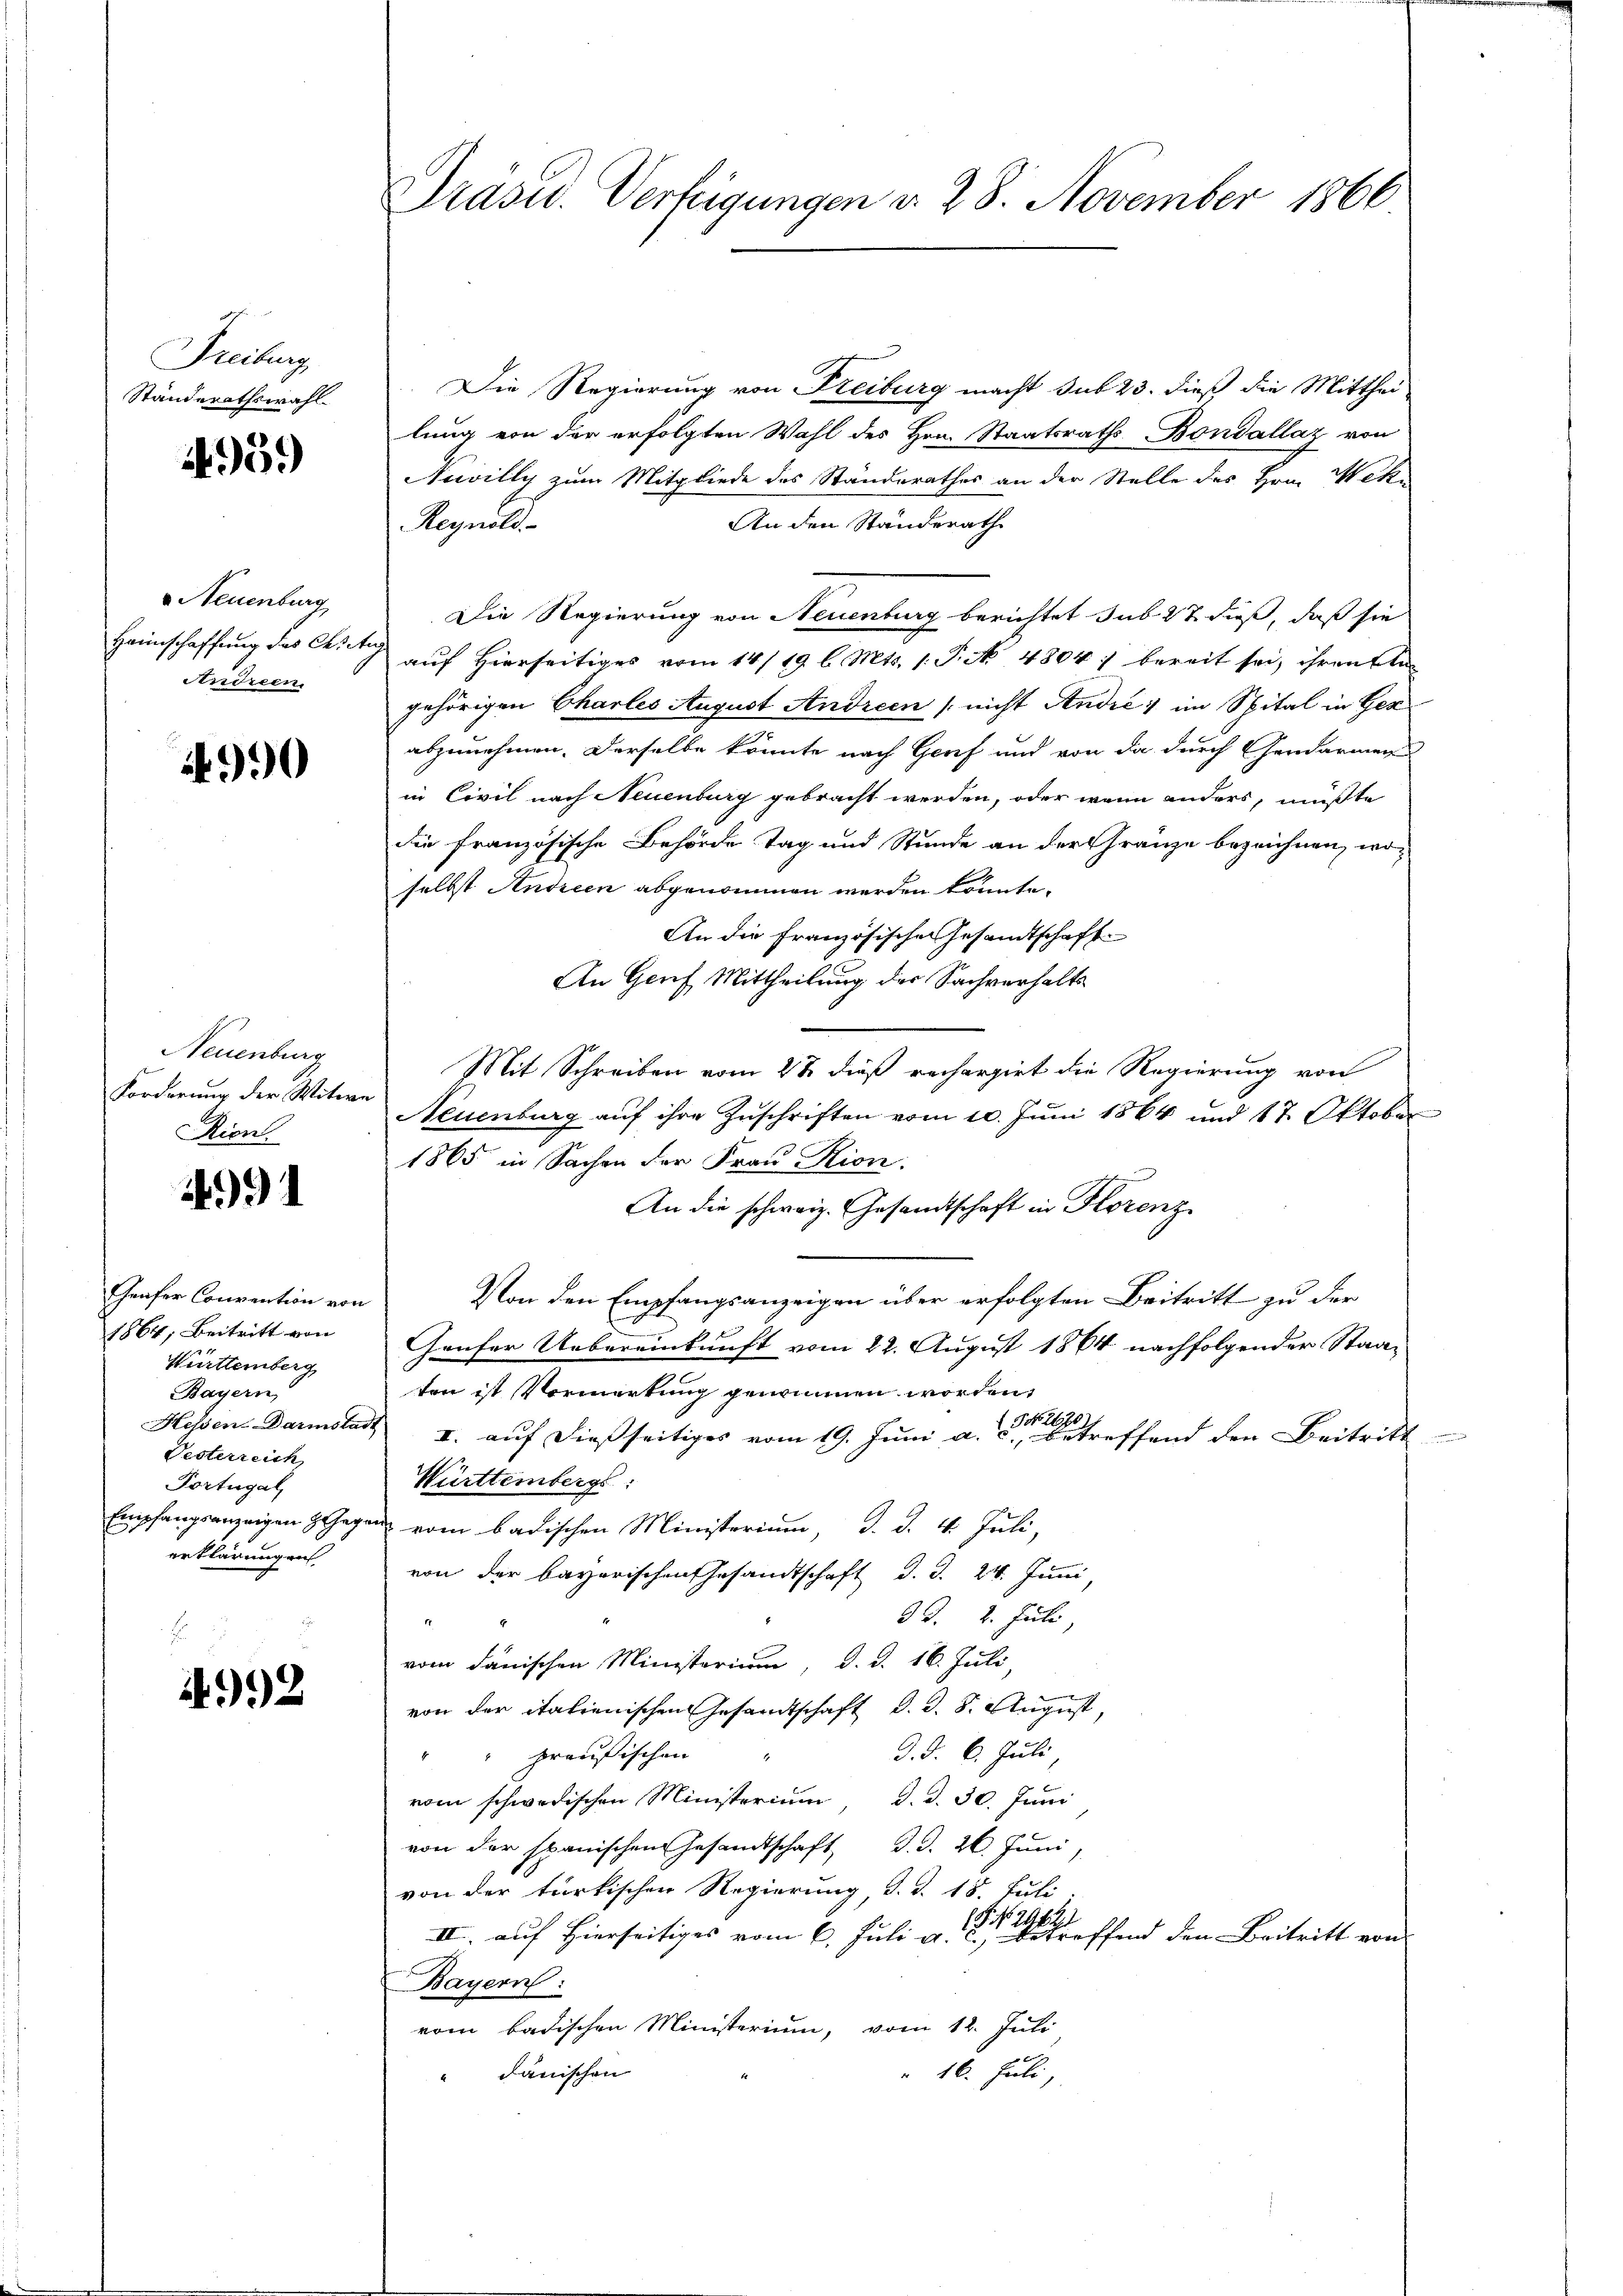
Freiburg
Ständerathswahl

4959

Neuenburg
Andreen,

990

Neuenburg
Forderung der Witwe
Rion.

91

Geufer Convention von
1864; Beitritt von
Württemberg
Bayern,
Vesterreich
Portugal
erklärungen

992

Präsid. Verfeigungen d. 28. November 1866

Die Regierung von Freiburg macht sub 23. dieß die Mitthei-
lung von der erfolgten Wahl des Hrn. Staatsraths-Bondallaz von
Nuvilly zum Mitgliede des Standerathes an der Stelle des Hrn. Weke
An den Ständerath
Regnold
Die Regierung von Neuenburg berichtet sub. 27 dieß, daß sie
Heimschaffung des Curti auf Hierseitiges vom 14/19 l. Mts. 1. P. No. 4804) bereit sei, ihren Ele-
gehörigen Chartes August Andreen / nicht Andre im Spital in Ger
abzunehmen. Derselbe könnte nach Genf und von da durch Gendarmen
in Civil nach Neuenburg gebracht werden, oder wenn anders, müßte
die französische Behörde Tag und Stunde an der Gränze bezeichnen, woselbst Andreen abgenommen werden könnte.
An die Französisches Gesandtschaft
An Genf Mittheilung der Sachverhalts
Mit Schreiben vom 23 dieß rechargirt die Regierung von
Neuenburg aŭf ihre Zŭschriften vom 10. Jŭni 1864 und 17. Oktober
1865 in Sachen der Frau Rion.
An die schweiz. Gesandtschaft in Horenz
Von den Empfangsanzeigen über erfolgten Beitritt zu der
Haufer Uebereinkunft vom 22. August 1864 nachfolgender Staaten ist Vormerkung genommen worden,
 NNo. 2670
Hessen Darmstadt I auf dießseitiges vom 19. Juni a. c., betreffend den Beitritt
Württembergs:
Empfangsanzeigen Gegen vom badischen Ministerium, d. d. 4. Juli,
von der bayerischen Gesandtschaft d. d. 24. Juni,
9 d. 2. Juli
vom dänischen Ministerium, d. d. 16. Juli,
von der italienischen Gesandtschaft d. d. 8. August,
d. d. 6. Juli,
"" preußischen
vom schwedischen Ministerium, d. d. 30. Juni
von der spanischen Gesandtschaft d. d. 26. Juni,
von der türkischen Regierung, d. d. 18. Juli
1 f 24 x 2
II. auf Hierseitiges vom 6. Juli a. c., betreffend den Beitritt von
Bayern:
vom badischen Ministerium, vom 12. Juli
16. Juli,
" dänischen